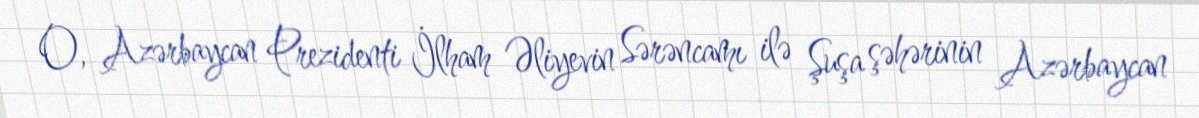
O, Azərbaycan Prezidenti İlham Əliyevin Sərəncamı ilə Şuşa şəhərinin Azərbaycan